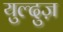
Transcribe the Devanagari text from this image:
युल्दुज़